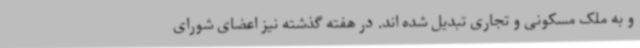
و به ملک مسکونی و تجاری تبدیل شده اند. در هفته گذشته نیز اعضای شورای